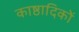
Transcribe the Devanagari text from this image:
काष्ठादिकों